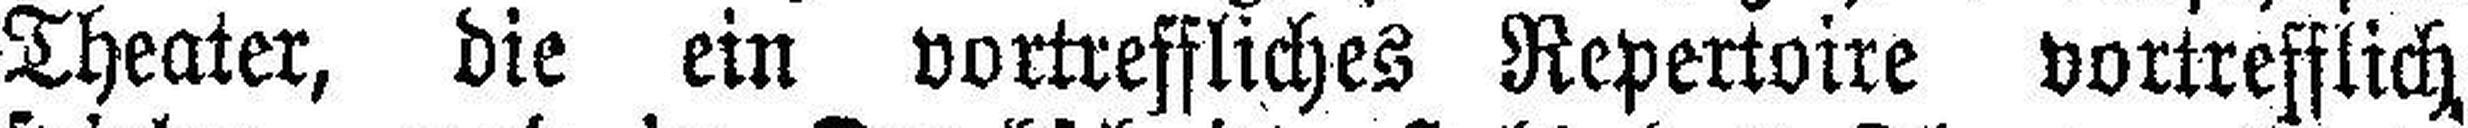
Theater, die ein vortreffliches Repertoire vortrefflich